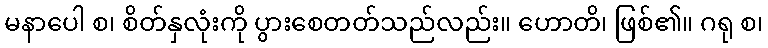
မနာပေါ စ၊ စိတ်နှလုံးကို ပွားစေတတ်သည်လည်း။ ဟောတိ၊ ဖြစ်၏။ ဂရု စ၊